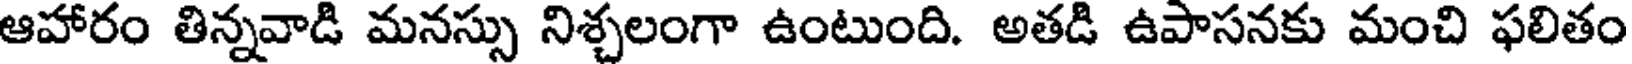
ఆహారం తిన్నవాడి మనస్సు నిశ్చలంగా ఉంటుంది. అతడి ఉపాసనకు మంచి ఫలితం